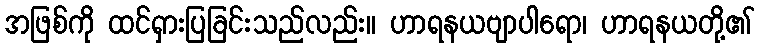
အဖြစ်ကို ထင်ရှားပြခြင်းသည်လည်း။ ဟာရနယဗျာပါရော၊ ဟာရနယတို့၏